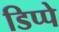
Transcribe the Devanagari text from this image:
डिप्‍पे